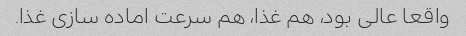
واقعا عالی بود، هم‌ غذا، هم سرعت اماده سازی غذا.